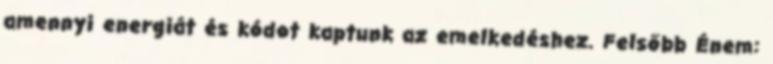
amennyi energiát és kódot kaptunk az emelkedéshez. Felsőbb Énem: